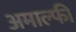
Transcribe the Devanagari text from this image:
अमाल्फी